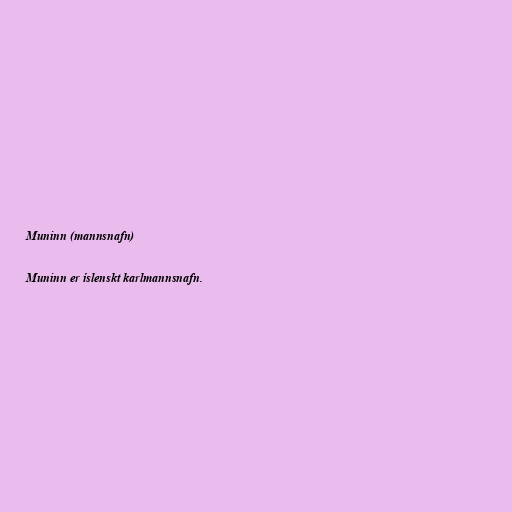
Muninn (mannsnafn)

Muninn er íslenskt karlmannsnafn.